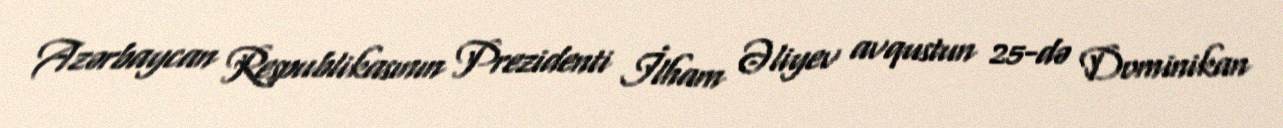
Azərbaycan Respublikasının Prezidenti İlham Əliyev avqustun 25-də Dominikan